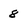
Character: 8